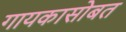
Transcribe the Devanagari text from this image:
गायकासोबत